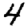
Digit: 4